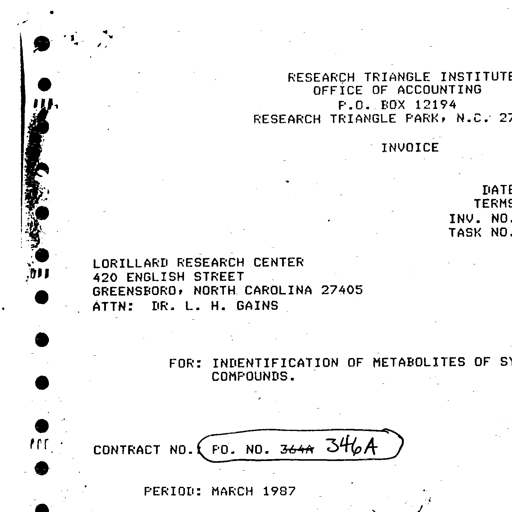
Transcript:
RESEARCH TRIANGLE INSTITUTE
OFFICE OF ACCOUNTING
P.O. BOX 12194
RESEARCH TRIANGLE PARK, N.C. 27

INVOICE

DATE
TERMS
INV. NO.
TASK NO.

LORILLARD RESEARCH CENTER
420 ENGLISH STREET
GREENSBORO, NORTH CAROLINA 27405
ATTN: DR. L. H. GAINS

FOR: IDENTIFICATION OF METABOLITES OF SY
COMPOUNDS.

CONTRACT NO. { PO. NO. 364A 346A }

PERIOD: MARCH 1987